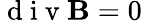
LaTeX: \mathrm{~d~i~v~}\mathbf{B}=0